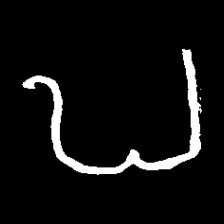
Pyu character \u2014 Myanmar letter: ဎ (romanized: ddha)